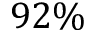
9 2 \%